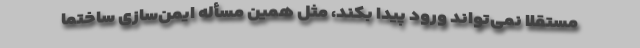
مستقلاً نمی‌تواند ورود پیدا بکند، مثل همین مسأله ایمن‌سازی ساختما